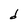
Character: d